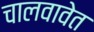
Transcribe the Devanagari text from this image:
चालवावेत